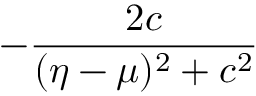
- \frac { 2 c } { ( \eta - \mu ) ^ { 2 } + c ^ { 2 } }